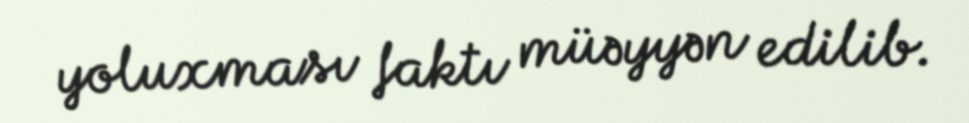
yoluxması faktı müəyyən edilib.